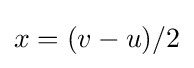
x=(v-u)/2